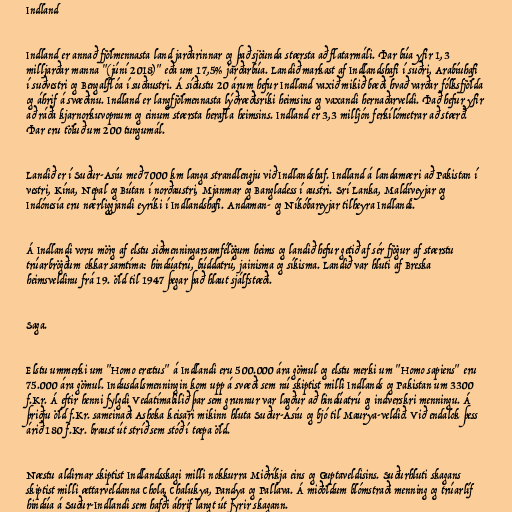
Indland

Indland er annað fjölmennasta land jarðarinnar og það sjöunda stærsta að flatarmáli. Þar búa yfir 1,3
milljarðar manna "(júní 2018)" eða um 17,5% jarðarbúa. Landið markast af Indlandshafi í suðri, Arabíuhafi
í suðvestri og Bengalflóa í suðaustri. Á síðustu 20 árum hefur Indland vaxið mikið bæði hvað varðar fólksfjölda
og áhrif á svæðinu. Indland er langfjölmennasta lýðræðisríki heimsins og vaxandi hernaðarveldi. Það hefur yfir
að ráða kjarnorkuvopnum og einum stærsta herafla heimsins. Indland er 3,3 milljón ferkílómetrar að stærð.
Þar eru töluð um 200 tungumál.

Landið er í Suður-Asíu með 7000 km langa strandlengju við Indlandshaf. Indland á landamæri að Pakistan í
vestri, Kína, Nepal og Bútan í norðaustri, Mjanmar og Bangladess í austri. Srí Lanka, Maldíveyjar og
Indónesía eru nærliggjandi eyríki í Indlandshafi. Andaman- og Níkóbareyjar tilheyra Indlandi.

Á Indlandi voru mörg af elstu siðmenningarsamfélögum heims og landið hefur getið af sér fjögur af stærstu
trúarbrögðum okkar samtíma: hindúatrú, búddatrú, jainisma og síkisma. Landið var hluti af Breska
heimsveldinu frá 19. öld til 1947 þegar það hlaut sjálfstæði.

Saga.

Elstu ummerki um "Homo erectus" á Indlandi eru 500.000 ára gömul og elstu merki um "Homo sapiens" eru
75.000 ára gömul. Indusdalsmenningin kom upp á svæði sem nú skiptist milli Indlands og Pakistan um 3300
f.Kr. Á eftir henni fylgdi Vedatímabilið þar sem grunnur var lagður að hindúatrú og indverskri menningu. Á
þriðju öld f.Kr. sameinaði Ashoka keisari mikinn hluta Suður-Asíu og bjó til Maurya-veldið. Við endalok þess
árið 180 f.Kr. braust út stríð sem stóð í tæpa öld.

Næstu aldirnar skiptist Indlandsskagi milli nokkurra Miðríkja eins og Guptaveldisins. Suðurhluti skagans
skiptist milli ættarveldanna Chola, Chalukya, Pandya og Pallava. Á miðöldum blómstraði menning og trúarlíf
hindúa á Suður-Indlandi sem hafði áhrif langt út fyrir skagann.